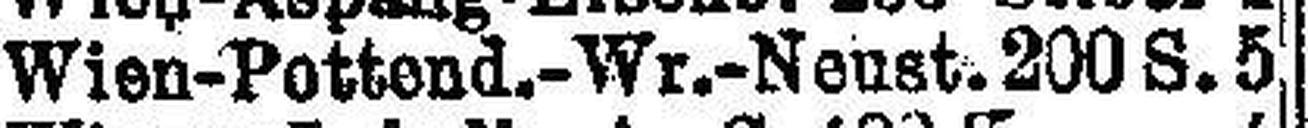
Wien-Pottend.-Wr.-Neust. 200 S. 5